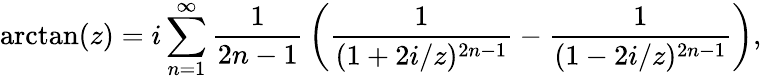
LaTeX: \arctan(z)=i\sum_{n=1}^{\infty}{\frac{1}{2n-1}}\left({\frac{1}{(1+2i/z)^{2n-1}}}-{\frac{1}{(1-2i/z)^{2n-1}}}\right),